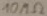
Text: 10MΩ